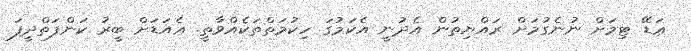
ޢަޑޭ ޓިމަށްް ނުނެގުމަށް ރައްޔިތުން އެދުނީ އެކަމުގަ ހިކުމަތްތަކެއްވާތީ. ޢެއަޑަށް ބީރު ކަންފަތްދީފަ